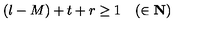
( l - M ) + t + r \geq 1 \quad ( \in \bf { N } )